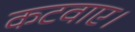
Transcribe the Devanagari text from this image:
कटवाए।